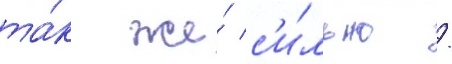
та́к же́ с'и́льно /